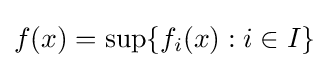
f(x)=\sup\{f_{i}(x):i\in I\}